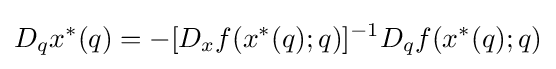
D_{q}x^{*}(q)=-[D_{x}f(x^{*}(q);q)]^{-1}D_{q}f(x^{*}(q);q)